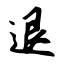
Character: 退